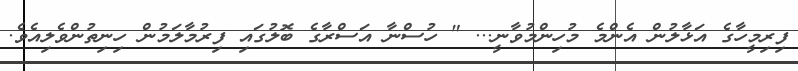
ފިރިމީހާގެ އަޅާލުން އެންމެ މުހިންމުވާނީ... " ހުސްނާ އަސްރާގެ ބޮލުގައި ފިރުމާލަމުން ހިނިތުންވެލިއެވެ.